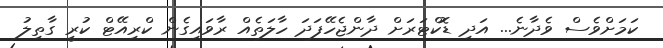
ކަމަށްވެސް ވެދާނެ... އަދި ޑޮކްޓަރަށް ދާންޖެހޭފަދަ ހާލަތެއް ރާވައިގެން ކްރިއޭޓް ކުރީ ގާތިލު